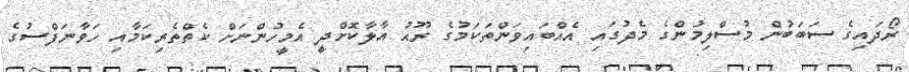
ރޯދައިގެ ސަބަބުން މުސްލިމުންގެ މެދުގައި އެއްބައިވަންތަކަމުގެ ރޫޙު އާލާކޮށްދީ އެމީހުންނަށް ކެތްތެރިކަމާއި ހަވާނަފްސުގެ